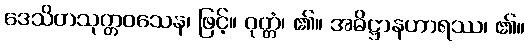
ဒေသိတသုတ္တဝသေန၊ ဖြင့်။ ဝုတ္တံ၊ ၏။ အဓိဋ္ဌာနဟာရဿ၊ ၏။